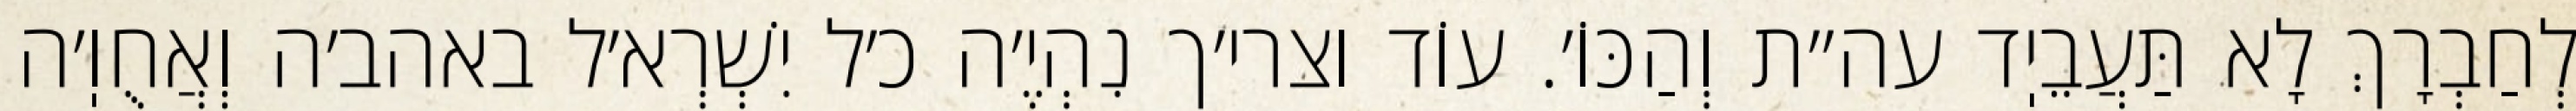
לְחַבְרָךְ לָא תַּעֲבֵיֽד עה״ת וְהַכּוֹ׳. עוֹד וצרי׳ך נִהְיֶ׳ה כ׳ל יִשְׁרְא׳ל באהב׳ה וְאֲחֻוֽ׳ה